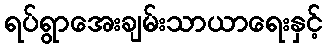
ရပ်ရွာအေးချမ်းသာယာရေးနှင့်